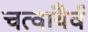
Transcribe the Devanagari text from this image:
चत्वायैर्व